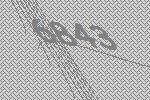
6843